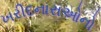
ખરીદનારાઓનો